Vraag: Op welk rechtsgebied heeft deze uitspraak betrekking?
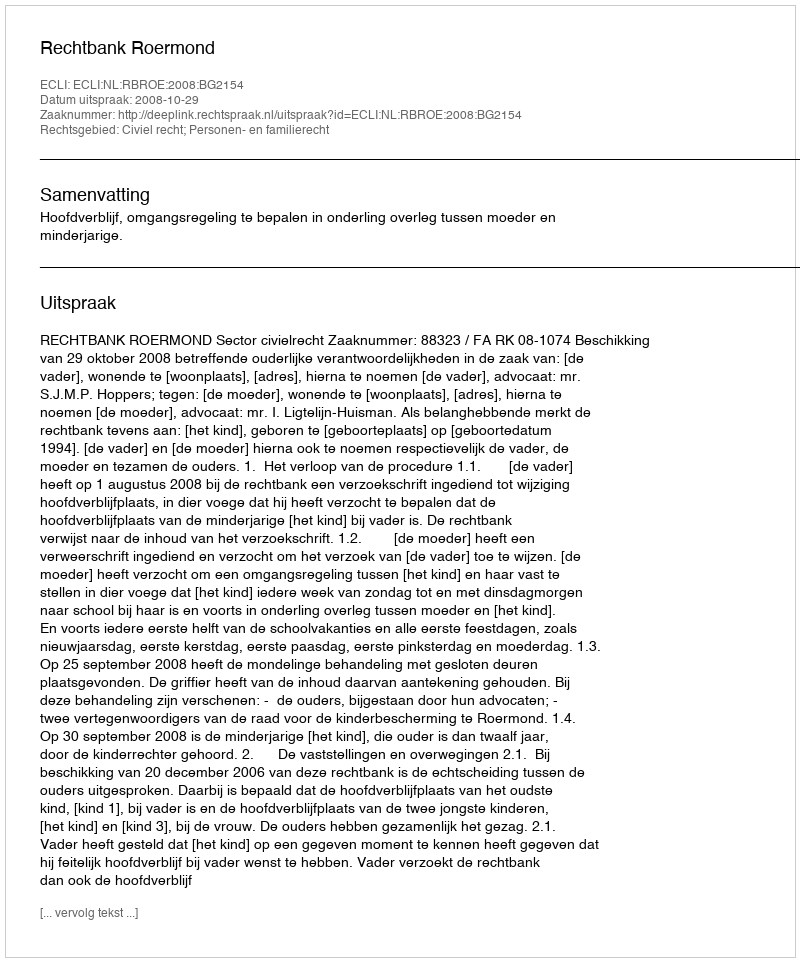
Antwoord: Civiel recht; Personen- en familierecht